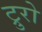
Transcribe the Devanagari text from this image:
ट्रुरो